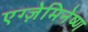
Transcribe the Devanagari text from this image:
एग्ज़ेमिनेष्ण